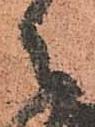
々